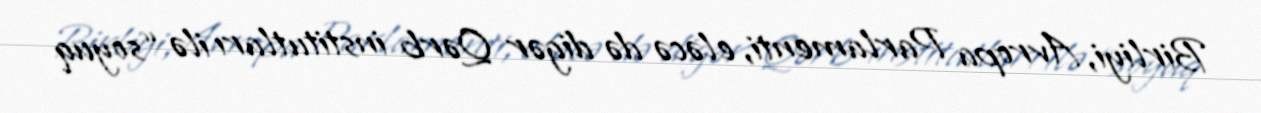
Birliyi, Avropa Parlamenti, eləcə də digər Qərb institutları ilə “soyuq